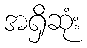
အရှိဆုံး